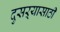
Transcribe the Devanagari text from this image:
दुसऱ्यासाठी